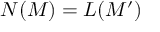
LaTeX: N ( M ) = L ( M ^ { \prime } )